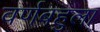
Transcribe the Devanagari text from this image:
वर्णबहुला